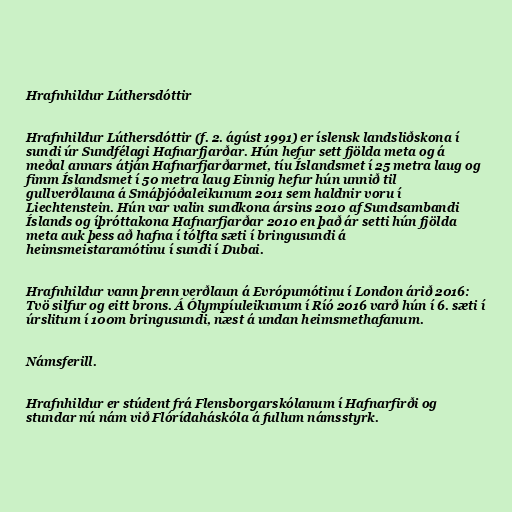
Hrafnhildur Lúthersdóttir

Hrafnhildur Lúthersdóttir (f. 2. ágúst 1991) er íslensk landsliðskona í
sundi úr Sundfélagi Hafnarfjarðar. Hún hefur sett fjölda meta og á
meðal annars átján Hafnarfjarðarmet, tíu Íslandsmet í 25 metra laug og
fimm Íslandsmet í 50 metra laug Einnig hefur hún unnið til
gullverðlauna á Smáþjóðaleikunum 2011 sem haldnir voru í
Liechtenstein. Hún var valin sundkona ársins 2010 af Sundsambandi
Íslands og íþróttakona Hafnarfjarðar 2010 en það ár setti hún fjölda
meta auk þess að hafna í tólfta sæti í bringusundi á
heimsmeistaramótinu í sundi í Dubai.

Hrafnhildur vann þrenn verðlaun á Evrópumótinu í London árið 2016:
Tvö silfur og eitt brons. Á Ólympíuleikunum í Ríó 2016 varð hún í 6. sæti í
úrslitum í 100m bringusundi, næst á undan heimsmethafanum.

Námsferill.

Hrafnhildur er stúdent frá Flensborgarskólanum í Hafnarfirði og
stundar nú nám við Flórídaháskóla á fullum námsstyrk.